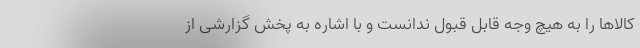
کالاها را به هیچ وجه قابل قبول ندانست و با اشاره به پخش گزارشی از